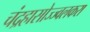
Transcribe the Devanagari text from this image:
चंद्रहासोज्ज्वलकरा